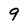
Character: 9